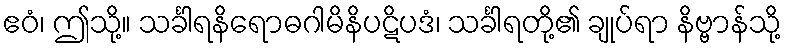
ဧဝံ၊ ဤသို့။ သင်္ခါရနိရောဓဂါမိနိပဋိပဒံ၊ သင်္ခါရတို့၏ ချုပ်ရာ နိဗ္ဗာန်သို့